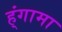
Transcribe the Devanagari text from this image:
ह्ंगामा